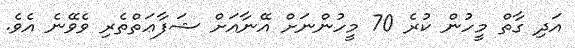
އަދި ގާތް މީހުން ކުރެ 70 މީހުންނަށް އޭނާއަށް ޝަފާޢަތްތެރި ވެވޭނެ އެވެ.